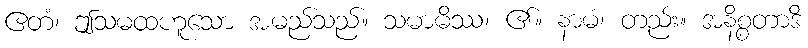
ဧတံ၊ ဤသမထဟူသော အမည်သည်။ သမာဓိဿ၊ ၏။ နာမံ၊ တည်း။ အနိစ္စတာဒိ